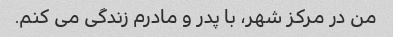
من در مرکز شهر، با پدر و مادرم زندگی می کنم.